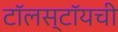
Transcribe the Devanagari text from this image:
टॉलस्टॉयची